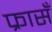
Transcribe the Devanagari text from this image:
फ्रासँ